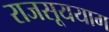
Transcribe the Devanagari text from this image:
राजसूययाग